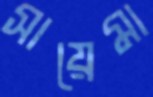
সায়েমা